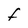
Character: F